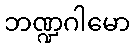
ဘဏ္ဍဂါမော